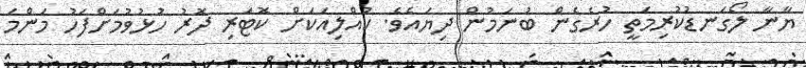
ޔާނާ ލޯގަނޑުކުރިމަތީ ހުރެގެން ބުނަމުން ދިޔައެވެ. ކުއްލިއަކަށް ކޮޓަރި ދޮރު ހުޅުވުމަށްފަހު މަންމަ